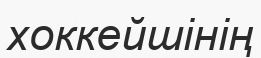
хоккейшінің